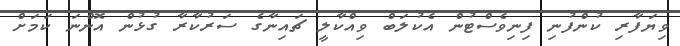
ވިޔަފާރި ކުންފުނި ފިނިވެސްޓުން އެކުލަބް ވިއްކާލީ ޗައިނާގެ ސަރުކާރާ ގުޅުން އޮންނަ ކަމަށް